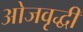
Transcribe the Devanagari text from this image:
ओजवृद्धी